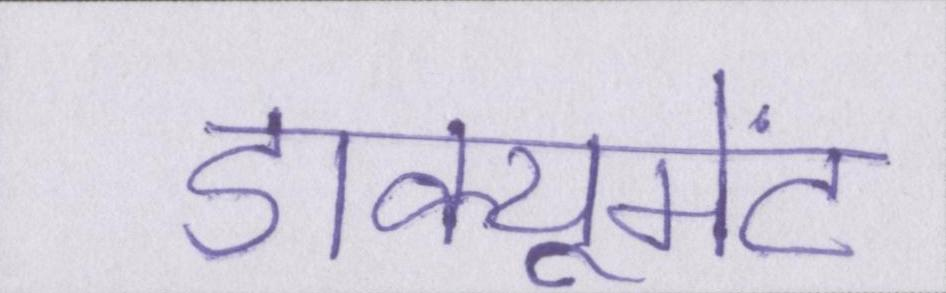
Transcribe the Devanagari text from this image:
डाक्यूमेंट